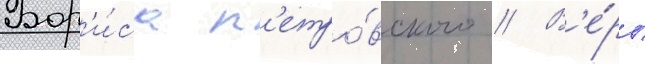
Бор'и́са п'етро́вского // В'е́ры